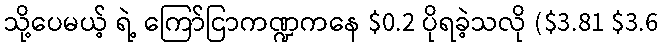
သို့ပေမယ့် ရဲ့ ကြော်ငြာကဏ္ဍကနေ $0.2 ပိုရခဲ့သလို ($3.81 $3.6